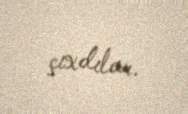
çıxdılar.